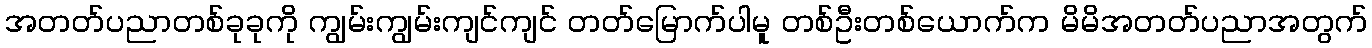
အတတ်ပညာတစ်ခုခုကို ကျွမ်းကျွမ်းကျင်ကျင် တတ်မြောက်ပါမူ တစ်ဦးတစ်ယောက်က မိမိအတတ်ပညာအတွက်